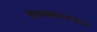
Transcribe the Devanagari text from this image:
मिसळपावनेच